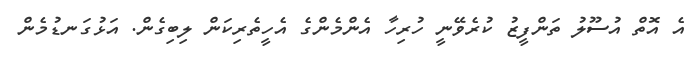
އެ އޮތް އުސޫލު ތަންފީޒު ކުރެވޭނީ ހުރިހާ އެންމެންގެ އެހީތެރިކަން ލިބިގެން. އަޅުގަނޑުމެން